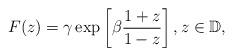
LaTeX: \begin{align*}F(z)=\gamma\exp\left[\beta\frac{1+z}{1-z}\right],z\in\mathbb{D},\end{align*}